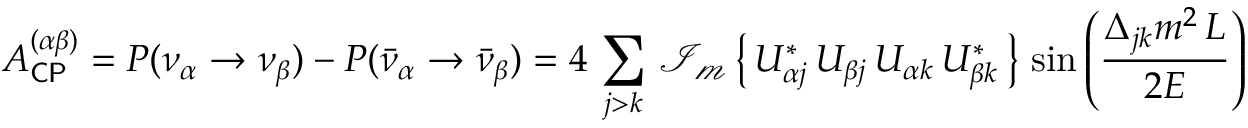
A _ { \mathsf { C P } } ^ { ( \alpha \beta ) } = P ( \nu _ { \alpha } \rightarrow \nu _ { \beta } ) - P ( { \bar { \nu } } _ { \alpha } \rightarrow { \bar { \nu } } _ { \beta } ) = 4 \, \sum _ { j > k } \, \operatorname { \mathcal { I _ { m } } } \left\{ \, U _ { \alpha j } ^ { * } \, U _ { \beta j } \, U _ { \alpha k } \, U _ { \beta k } ^ { * } \, \right\} \, \sin \left( { \frac { \Delta _ { j k } m ^ { 2 } \, L } { 2 E } } \right)